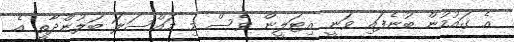
އެ ގައުމުން ބުނެފައި ވަނީ އިޓަލީން ވެސް މި މައްސަލަ ބަލުންދާތީ އެ